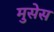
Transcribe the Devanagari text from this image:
मुसेस